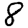
Digit: 8